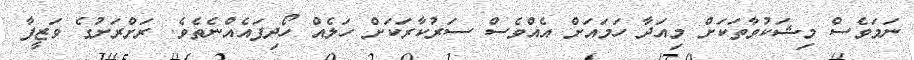
ނަމަވެސް މިޝަކުވާތަކަށް މިއަދާ ހަމައަށް އެއްވެސް ސަރުކާރަކަށް ހަލެއް ހޯދިފައެއްނެތެވެ. ރަށްރަށުގެ ވަޒީފާ